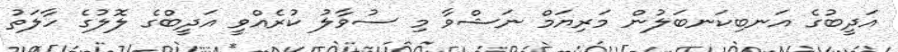
އަދީބުގެ އަނބިކަނބަލުން މަރިޔަމް ނަޝްވާ މި ސުވާލު ކުރެއްވީ އަދީބްގެ ލޮލުގެ ހާލަތު